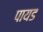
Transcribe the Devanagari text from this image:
पायड